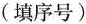
(填序号)